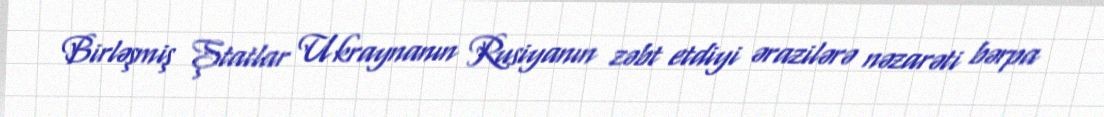
Birləşmiş Ştatlar Ukraynanın Rusiyanın zəbt etdiyi ərazilərə nəzarəti bərpa